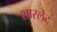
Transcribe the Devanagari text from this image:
शारलैट